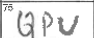
Transcription: QPU